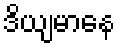
ဒိယျမာနေ